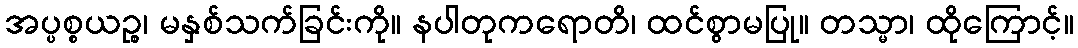
အပ္ပစ္စယဉ္စ၊ မနှစ်သက်ခြင်းကို။ နပါတုကရောတိ၊ ထင်စွာမပြု။ တသ္မာ၊ ထိုကြောင့်။